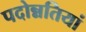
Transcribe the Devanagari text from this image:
पदोन्नतियां